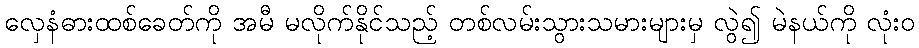
လှေနံဓားထစ်ခေတ်ကို အမီ မလိုက်နိုင်သည့် တစ်လမ်းသွားသမားများမှ လွဲ၍ မဲနယ်ကို လုံးဝ